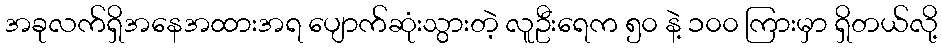
အခုလက်ရှိအနေအထားအရ ပျောက်ဆုံးသွားတဲ့ လူဦးရေက ၅၀ နဲ့ ၁၀၀ ကြားမှာ ရှိတယ်လို့